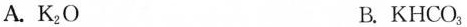
A.K_{2}O B.KHCO_{3}